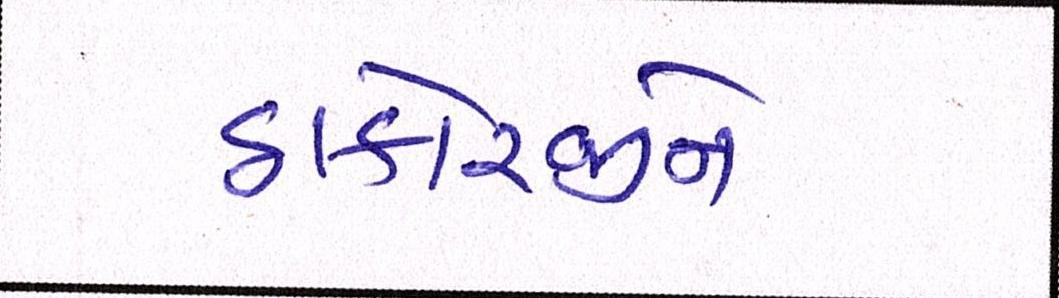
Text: ઠાકોરજીને